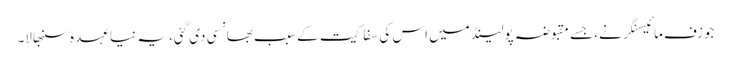
جوزف مائیسنگر نے، جسے مقبوضہ پولینڈ میں اس کی سفاکیت کے سبب بھانسی دی گئی، یہ نیا عہدہ سنبھالا۔